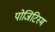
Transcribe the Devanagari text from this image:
पोजिटिस्म